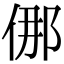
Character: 㑚